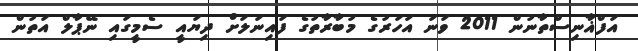
އަފްޣާނިސްތާނުން 2011 ވަނަ އަހަރުގެ މުބާރާތުގެ ފައިނަލަށް ދިޔައީ ސެމީގައި ނޭޕާލް އަތުން